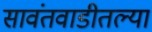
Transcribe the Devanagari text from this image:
सावंतवाडीतल्या